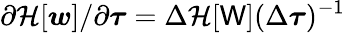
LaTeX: \partial\mathcal{H}[\boldsymbol{w}]/\partial\boldsymbol{\tau}=\Delta\mathcal{H}[\mathsf{W}](\Delta\boldsymbol{\tau})^{-1}